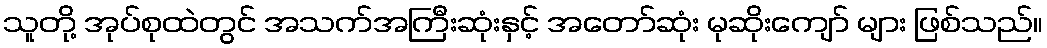
သူတို့ အုပ်စုထဲတွင် အသက်အကြီးဆုံးနှင့် အတော်ဆုံး မုဆိုးကျော် များ ဖြစ်သည်။